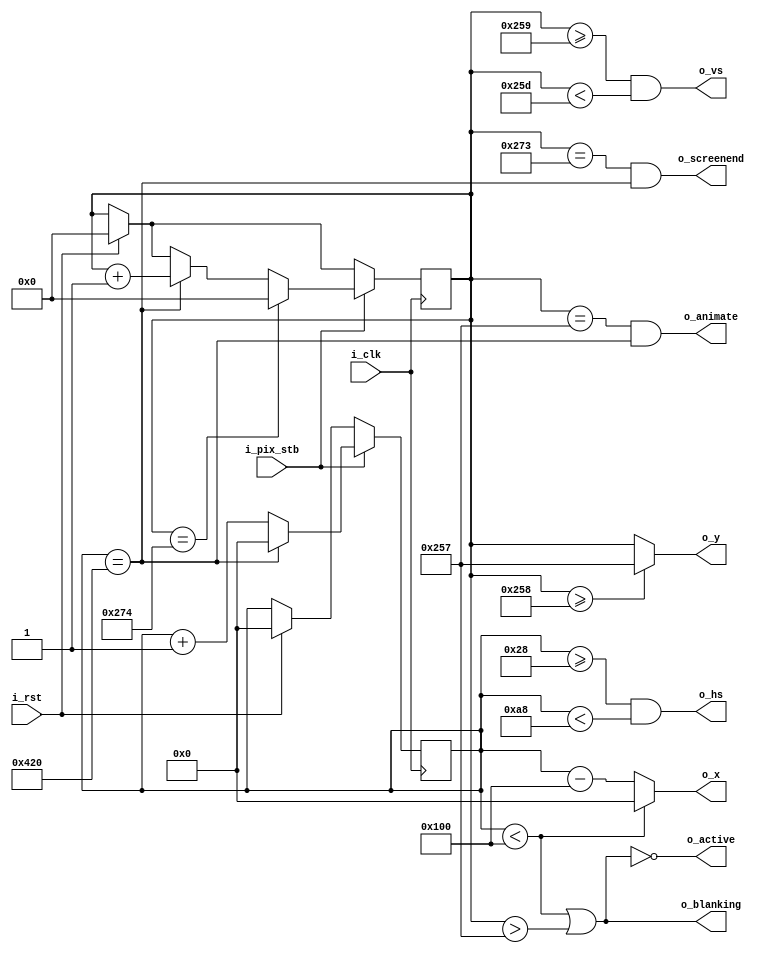
// FPGA VGA Graphics Part 1: 800x600 60Hz VGA Driver
// (C)2018 Will Green - Licensed under the MIT License
// Learn more at https://timetoexplore.net/blog/arty-fpga-vga-verilog-01

// For 60 Hz VGA i_pix_stb must be 40 MHz
// Details in tutorial: https://timetoexplore.net/blog/arty-fpga-vga-verilog-01

module vga800x600(
    input wire i_clk,           // base clock
    input wire i_pix_stb,       // pixel clock strobe
    input wire i_rst,           // reset: restarts frame
    output wire o_hs,           // horizontal sync
    output wire o_vs,           // vertical sync
    output wire o_blanking,     // high during blanking interval
    output wire o_active,       // high during active pixel drawing
    output wire o_screenend,    // high for one tick at the end of screen
    output wire o_animate,      // high for one tick at end of active drawing
    output wire [10:0] o_x,     // current pixel x position
    output wire  [9:0] o_y      // current pixel y position
    );

    // VGA timings https://timetoexplore.net/blog/video-timings-vga-720p-1080p
    localparam HS_STA = 40;              // horizontal sync start
    localparam HS_END = 40 + 128;        // horizontal sync end
    localparam HA_STA = 40 + 128 + 88;   // horizontal active pixel start
    localparam VS_STA = 600 + 1;         // vertical sync start
    localparam VS_END = 600 + 1 + 4;     // vertical sync end
    localparam VA_END = 600;             // vertical active pixel end
    localparam LINE   = 1056;            // complete line (pixels)
    localparam SCREEN = 628;             // complete screen (lines)

    reg [10:0] h_count; // line position
    reg  [9:0] v_count; // screen position

    // generate sync signals (active high for 800x600)
    assign o_hs = ((h_count >= HS_STA) & (h_count < HS_END));
    assign o_vs = ((v_count >= VS_STA) & (v_count < VS_END));

    // keep x and y bound within the active pixels
    assign o_x = (h_count < HA_STA) ? 0 : (h_count - HA_STA);
    assign o_y = (v_count >= VA_END) ? (VA_END - 1) : (v_count);

    // blanking: high within the blanking period
    assign o_blanking = ((h_count < HA_STA) | (v_count > VA_END - 1));

    // active: high during active pixel drawing
    assign o_active = ~((h_count < HA_STA) | (v_count > VA_END - 1)); 

    // screenend: high for one tick at the end of the screen
    assign o_screenend = ((v_count == SCREEN - 1) & (h_count == LINE));

    // animate: high for one tick at the end of the final active pixel line
    assign o_animate = ((v_count == VA_END - 1) & (h_count == LINE));

    always @ (posedge i_clk)
    begin
        if (i_rst)  // reset to start of frame
        begin
            h_count <= 0;
            v_count <= 0;
        end
        if (i_pix_stb)  // once per pixel
        begin
            if (h_count == LINE)  // end of line
            begin
                h_count <= 0;
                v_count <= v_count + 1;
            end
            else 
                h_count <= h_count + 1;

            if (v_count == SCREEN)  // end of screen
                v_count <= 0;
        end
    end
endmodule